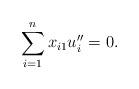
LaTeX: \begin{align*}\ \sum\limits_{i=1}^{n}x_{i1}u_{i}^{\prime \prime }=0. \end{align*}